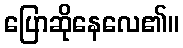
ပြောဆိုနေလေ၏။